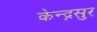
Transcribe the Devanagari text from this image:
केन्द्रसुर